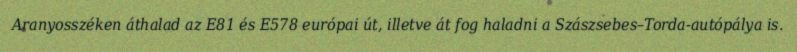
Aranyosszéken áthalad az E81 és E578 európai út, illetve át fog haladni a Szászsebes–Torda-autópálya is.